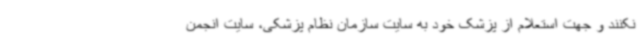
نکنند و جهت استعلام از پزشک خود به سایت سازمان نظام پزشکی، سایت انجمن